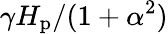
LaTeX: \gamma H_{\mathrm{p}}/(1+\alpha^{2})